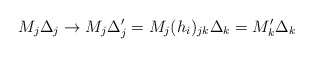
\begin{align*}M_j\Delta _j\rightarrow M_j\Delta '_j=M_j(h_i)_{jk}\Delta_k=M'_k\Delta _k\end{align*}